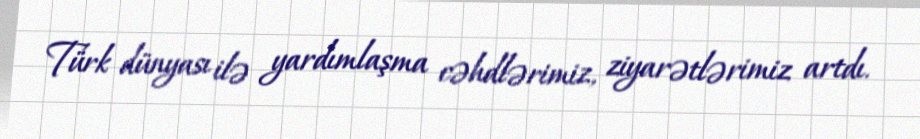
Türk dünyası ilə yardımlaşma cəhdlərimiz, ziyarətlərimiz artdı.